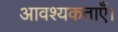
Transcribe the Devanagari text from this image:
आवश्यकताएँ।